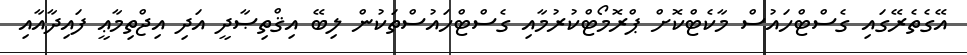
އޭގެތެރޭގައި ގެސްޓްހައުސް މާކެޓްކޮށް ޕްރޮމޯޓްކުރުމާއި ގެސްޓްހައުސްތަކުން ލިބޭ އިޤްތިޞާދީ އަދި އިޖްތިމާޢީ ފައިދާއާއި